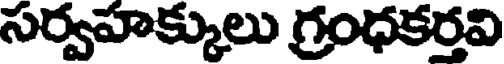
సర్వహక్కులు గ్రంధకర్తవి